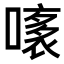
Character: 𧛧